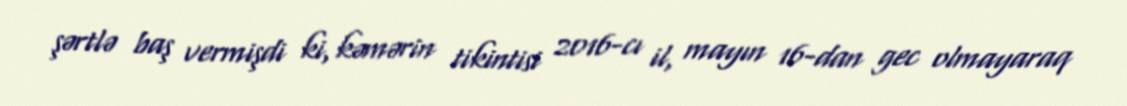
şərtlə baş vermişdi ki, kəmərin tikintisi 2016-cı il, mayın 16-dan gec olmayaraq